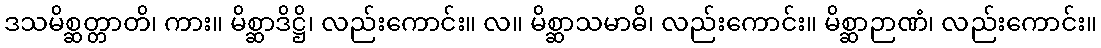
ဒသမိစ္ဆတ္တာတိ၊ ကား။ မိစ္ဆာဒိဋ္ဌိ၊ လည်းကောင်း။ လ။ မိစ္ဆာသမာဓိ၊ လည်းကောင်း။ မိစ္ဆာဉာဏံ၊ လည်းကောင်း။